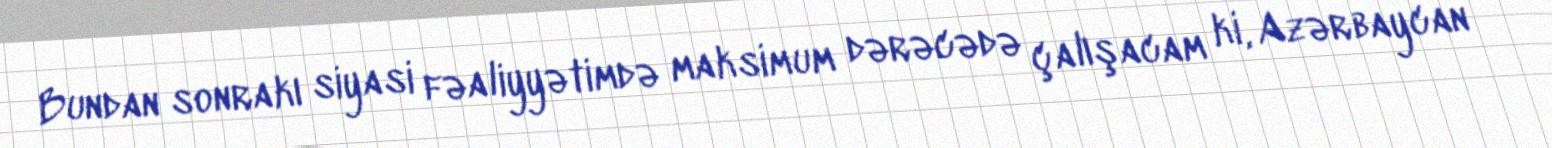
Bundan sonrakı siyasi fəaliyyətimdə maksimum dərəcədə çalışacam ki, Azərbaycan